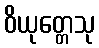
ဝိယုတ္တေသု